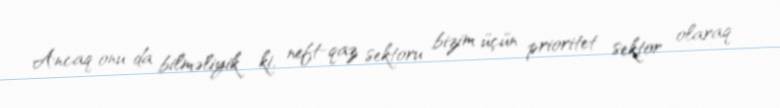
Ancaq onu da bilməliyik ki, neft-qaz sektoru bizim üçün prioritet sektor olaraq